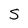
Character: S